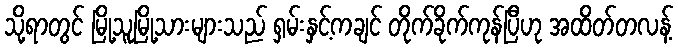
သို့ရာတွင် မြို့သူမြို့သားများသည် ရှမ်းနှင့်ကချင် တိုက်ခိုက်ကုန်ပြီဟု အထိတ်တလန့်